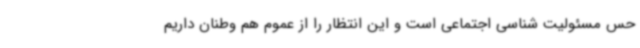
حس مسئولیت شناسی اجتماعی است و این انتظار را از عموم هم وطنان داریم